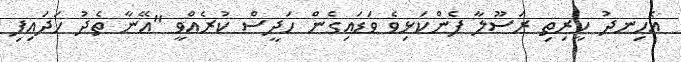
އެހިނދު ކީރިތި ރަސޫލާ ފެންކަޅިވެ ވަޑައިގެން ހަދީސް ކުރެއްވީ "އޭނާ ތެދު ހަދައިފި